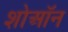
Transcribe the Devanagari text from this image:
शोऑन